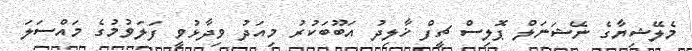
މެލޭޝިޔާގެ ނޭޝަނަލް ޕޮލިސް ޗީފް ޚާލިދު އަބޫބަކުރު މިއަދު ވިދާޅުވީ ފަލަވުމުގެ މައްސަލަ